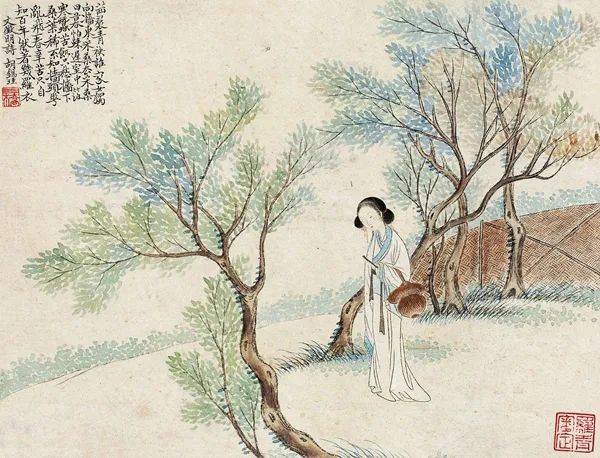
义胆包天，忠肝盖地，四海无人识。